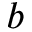
b